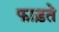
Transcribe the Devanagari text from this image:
फाड़ते